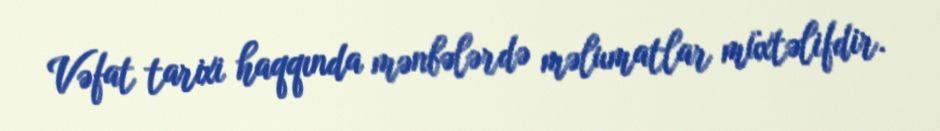
Vəfat tarixi haqqında mənbələrdə məlumatlar müxtəlifdir.